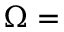
\Omega =